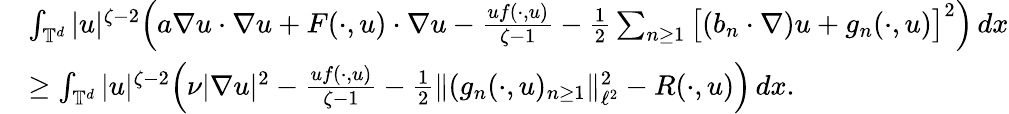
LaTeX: \begin{array}{rl}&{\int_{{\mathbb T}^{d}}|u|^{\zeta-2}\Big(a\nabla u\cdot\nabla u+F(\cdot,u)\cdot\nabla u-\frac{uf(\cdot,u)}{\zeta-1}-\frac 12\sum_{n\geq 1}\big[(b_{n}\cdot\nabla)u+g_{n}(\cdot,u)\big]^{2}\Big)\, dx}\\ &{\geq\int_{{\mathbb T}^{d}}|u|^{\zeta-2}\Big(\nu|\nabla u|^{2}-\frac{uf(\cdot,u)}{\zeta-1}-\frac{1}{2}\| (g_{n}(\cdot,u)_{n\geq 1}\| _{\ell^{2}}^{2}-R(\cdot,u)\Big)\, dx.}\end{array}